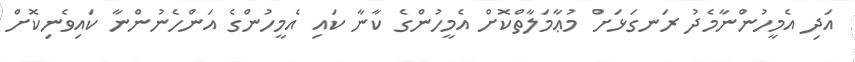
އަދި އެމީހުންނާމެދު ރަނގަޅަށް މުޢާމަލާތްކޮށް އެމީހުންގެ ކާނާ ކައި އެމީހުންގެ އަންހެނުންނާ ކައިވެނިކޮށް